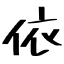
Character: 依